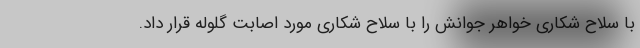
با سلاح شکاری خواهر جوانش را با سلاح شکاری مورد اصابت گلوله قرار داد.